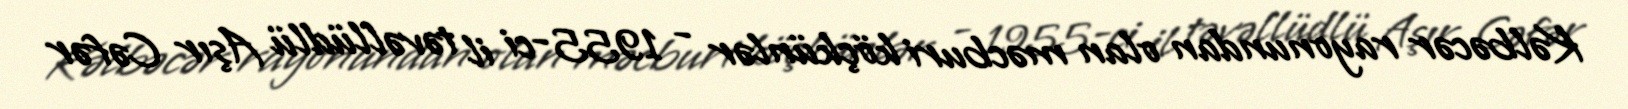
Kəlbəcər rayonundan olan məcburi köçkünlər - 1955-ci il təvəllüdlü Aşır Cəfər